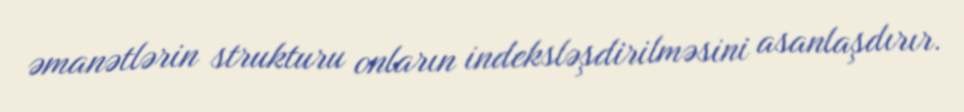
əmanətlərin strukturu onların indeksləşdirilməsini asanlaşdırır.